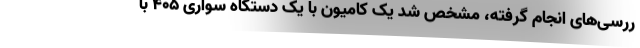
ررسی‌های انجام گرفته، مشخص شد یک کامیون با یک دستگاه سواری ۴۰۵ با